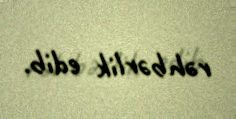
rəhbərlik edib.